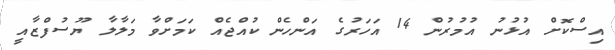
އިސްކޮށް އުޅުނު އުމުރުން 14 އަހަރުގެ އަންހެން ކުއްޖެއް ކަމަށްވާ މަލާލާ ޔޫސުފްޒާއީ